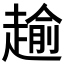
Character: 𧼯